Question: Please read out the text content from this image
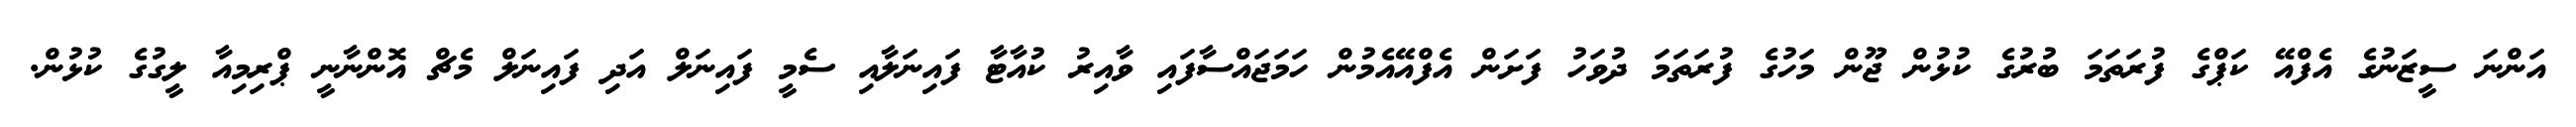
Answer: އަންނަ ސީޒަނުގެ އެފްއޭ ކަޕްގެ ފުރަތަމަ ބުރުގެ ކުޅުން ޖޫން މަހުގެ ފުރަތަމަ ދުވަހު ފަށަން އެފްއޭއެމުން ހަމަޖައްސާފައި ވާއިރު ކުއާޓާ ފައިނަލާއި ސެމީ ފައިނަލް އަދި ފައިނަލް މެޗް އޮންނާނީ ޕްރިމިއާ ލީގުގެ ކުޅުން.